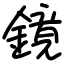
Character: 鏡